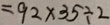
= 9 2 \times 3 5 \div 2